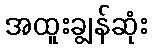
အထူးချွန်ဆုံး